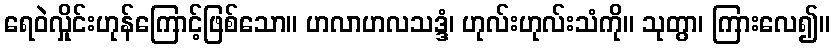
ရေဝဲလှိုင်းဟုန်ကြောင့်ဖြစ်သော။ ဟလာဟလသဒ္ဒံ၊ ဟုလ်းဟုလ်းသံကို။ သုတွာ၊ ကြားလေ၍။